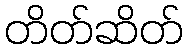
တိတ်ဆိတ်